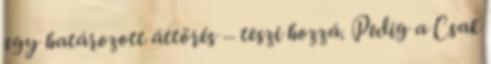
egy határozott áttörés – teszi hozzá. Pedig a Csak